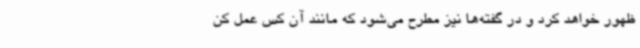
ظهور خواهد کرد و در گفته‌ها نیز مطرح می‌شود که مانند آن کس عمل کن